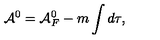
{ \cal A } ^ { 0 } = { \cal A } _ { F } ^ { 0 } - m \int d \tau ,